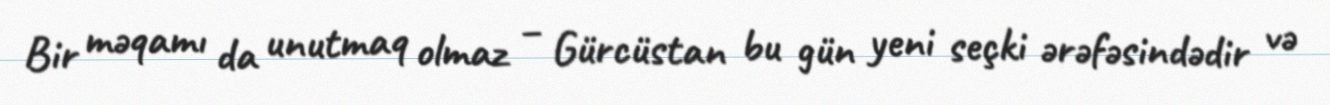
Bir məqamı da unutmaq olmaz – Gürcüstan bu gün yeni seçki ərəfəsindədir və